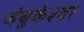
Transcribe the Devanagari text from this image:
जंबुकेश्‍वर